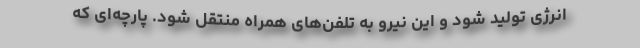
انرژی تولید شود و این نیرو به تلفن‌های همراه منتقل شود. پارچه‌ای که